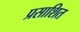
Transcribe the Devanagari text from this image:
प्रसाशित